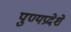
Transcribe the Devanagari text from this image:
पुण्यप्रदेशे